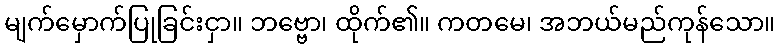
မျက်မှောက်ပြုခြင်းငှာ။ ဘဗ္ဗော၊ ထိုက်၏။ ကတမေ၊ အဘယ်မည်ကုန်သော။